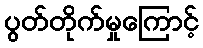
ပွတ်တိုက်မှုကြောင့်